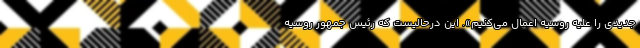
جدیدی را علیه روسیه اعمال می‌کنیم». این درحالیست که رئیس جمهور روسیه